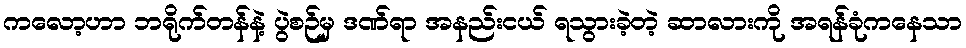
ကလော့ဟာ ဘရိုက်တန်နဲ့ ပွဲစဉ်မှ ဒဏ်ရာ အနည်းငယ် ရသွားခဲ့တဲ့ ဆာလားကို အရန်ခုံကနေသာ